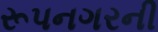
રૂપનગરની